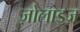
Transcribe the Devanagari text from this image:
ज़ोलाड्ज़